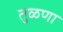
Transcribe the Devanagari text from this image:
तुळणा